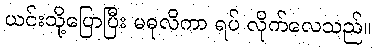
ယင်းသို့ပြောပြီး မဓုလိကာ ရပ် လိုက်လေသည်။